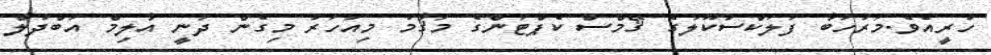
ހުރީއެވެ.މަރުހަބާ ފަލަކްސުކޫލުގެ ޤޭމްސް ކެޕްޓަންގެ މަޤާމު މިއަހަރު މިގެން ދަނީ އާލިމް އަބްދުލް